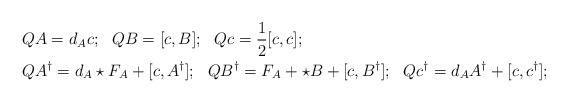
LaTeX: \begin{align*}&QA = d_Ac;\ \ QB= [c,B]; \ \ Qc=\frac12[c,c];\\&Q A^\dag = d_A\star F_A + [c,A^\dag]; \ \ QB^\dag= F_A + \star B + [c,B^\dag]; \ \ Qc^\dag = d_AA^\dag + [c,c^\dag];\end{align*}